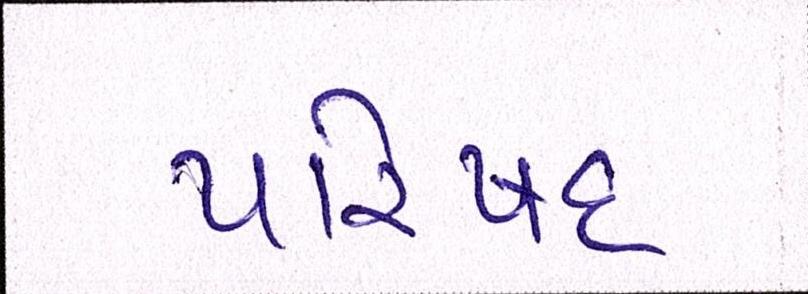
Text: પરિષદ